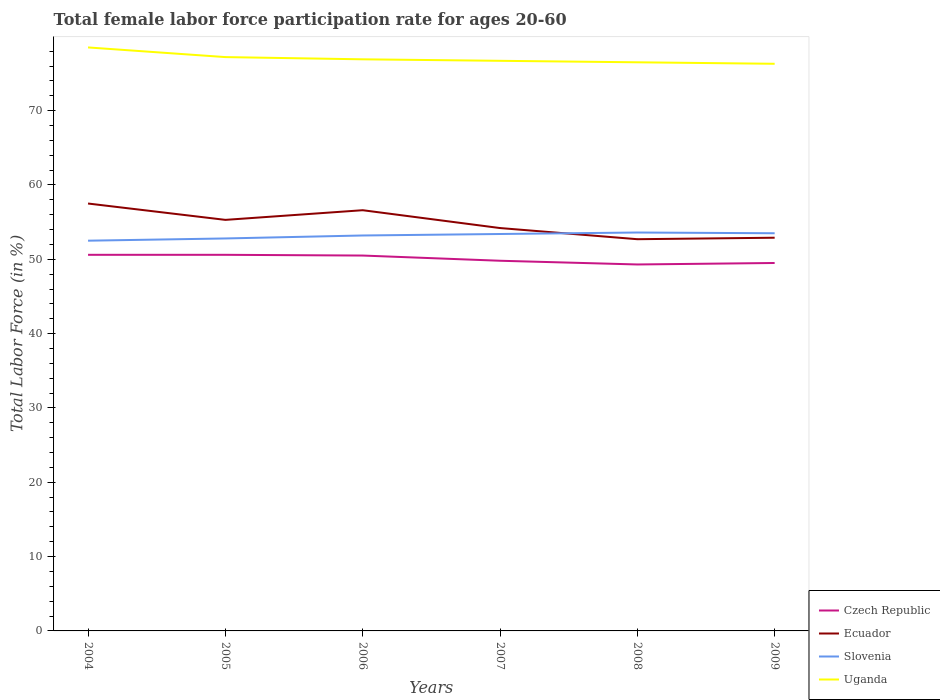
| Years | Czech Republic | Ecuador | Slovenia | Uganda |
 | --- | --- | --- | --- | --- |
 | 2004 | 50.6 | 57.5 | 52.5 | 78.5 |
 | 2005 | 50.6 | 55.3 | 52.8 | 77.2 |
 | 2006 | 50.5 | 56.6 | 53.2 | 76.9 |
 | 2007 | 49.8 | 54.2 | 53.4 | 76.7 |
 | 2008 | 49.3 | 52.7 | 53.6 | 76.5 |
 | 2009 | 49.5 | 52.9 | 53.5 | 76.3 |